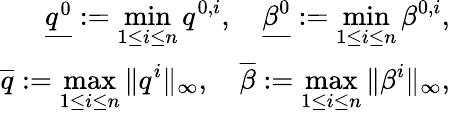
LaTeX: \begin{array}{r}{\underline{{q^{0}}}:=\displaystyle\operatorname*{min}_{1\leq i\leq n}q^{0,i},\quad\underline{{\beta^{0}}}:=\displaystyle\operatorname*{min}_{1\leq i\leq n}\beta^{0,i},}\\ {\overline{{q}}:=\displaystyle\operatorname*{max}_{1\leq i\leq n}\| q^{i}\| _{\infty},\quad\overline{{\beta}}:=\displaystyle\operatorname*{max}_{1\leq i\leq n}\| \beta^{i}\| _{\infty},}\end{array}